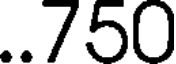
..750